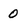
Character: 0